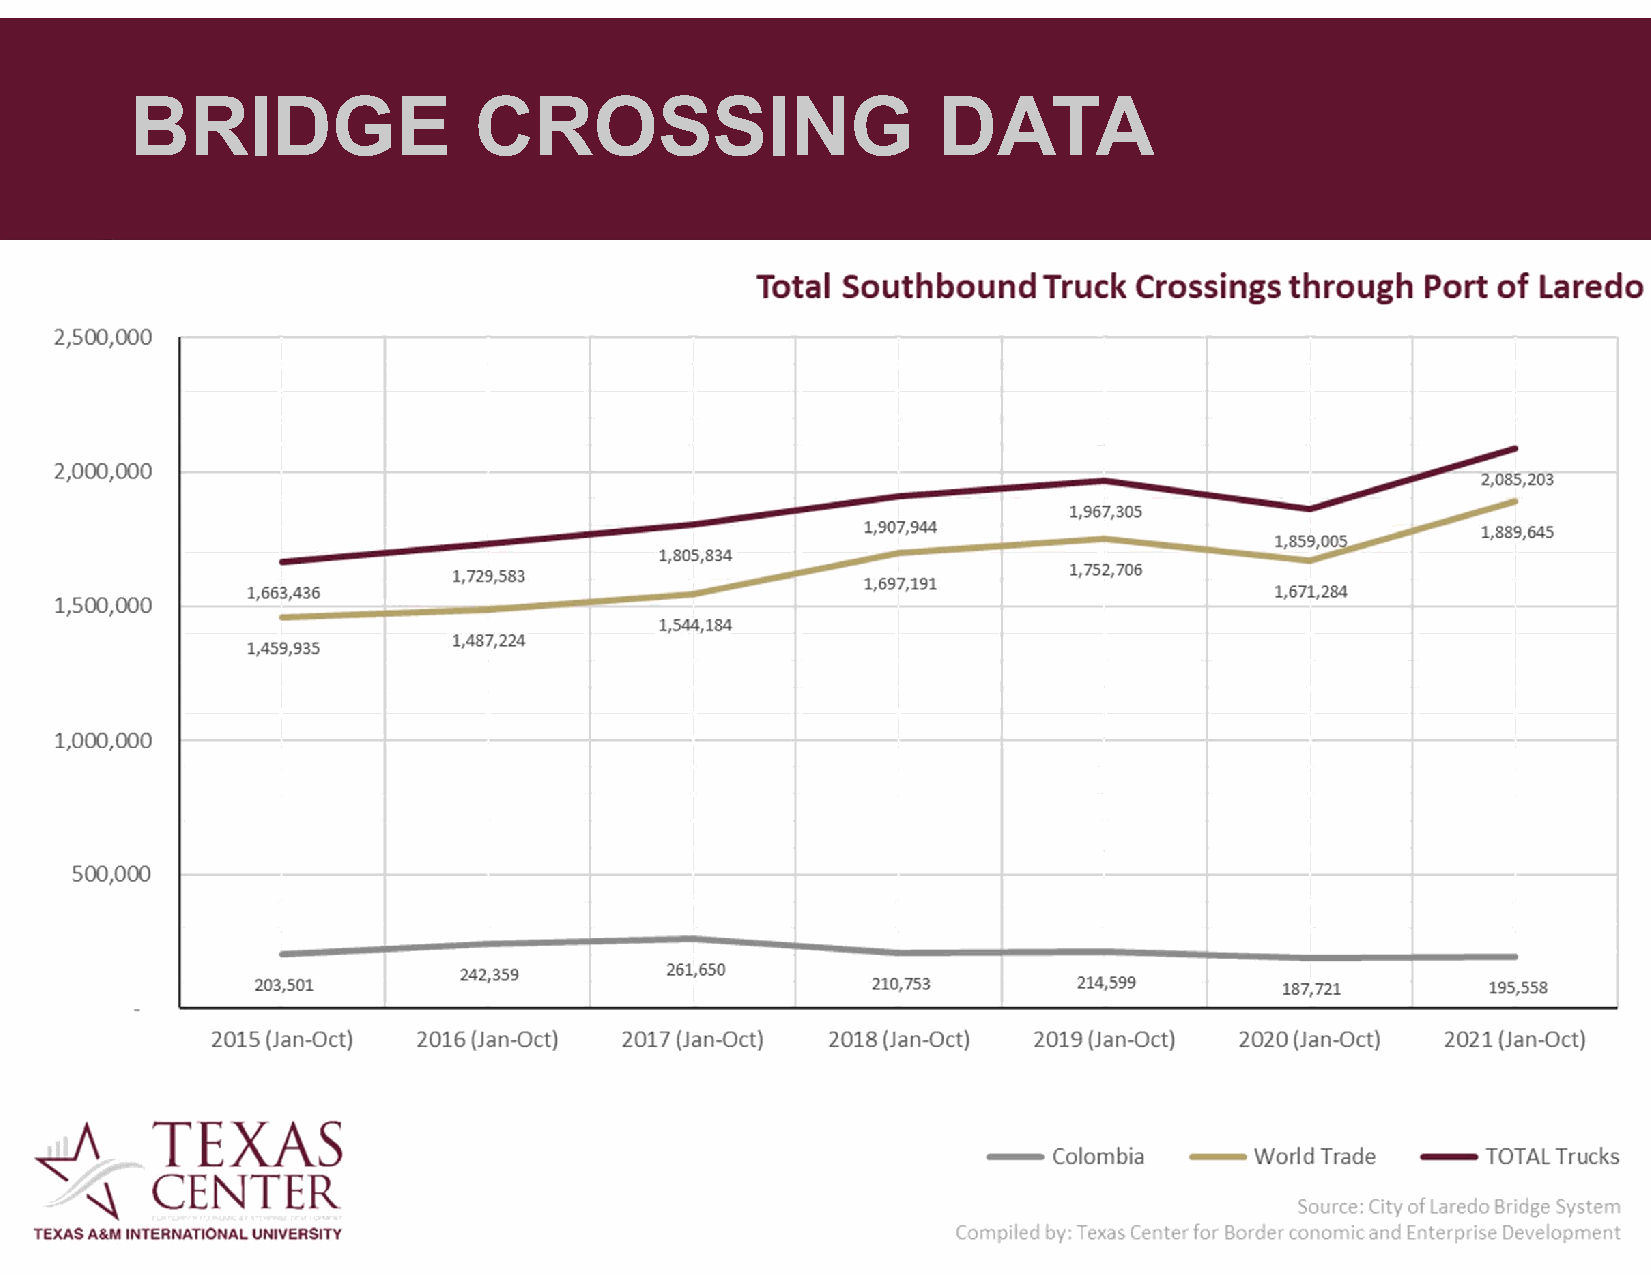
BRIDGE                CROSSING                       DATA